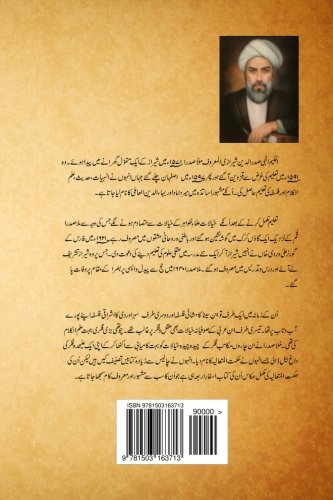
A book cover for Asfar-e-Arbaa (Volume 1) (Urdu Edition); Mulla Sadra; Religion & Spirituality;